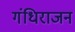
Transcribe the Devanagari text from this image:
गंधिराजन